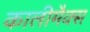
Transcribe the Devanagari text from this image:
कालीमैक्स